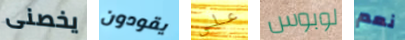
يخصنى يقودون علي لوبوس نعم